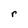
Character: r